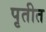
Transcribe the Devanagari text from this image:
पृतीत